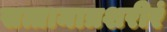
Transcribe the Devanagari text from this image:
सत्तामात्रशरीरं